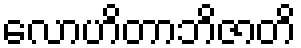
လောဟိတာဘိဇာတိ